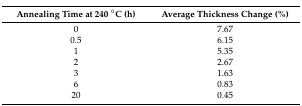
<table><thead><tr><td><b>Annealing Time at 240 °C (h)</b></td><td><b>Average Thickness Change (%)</b></td></tr></thead><tbody><tr><td>0</td><td>7.67</td></tr><tr><td>0.5</td><td>6.15</td></tr><tr><td>1</td><td>5.35</td></tr><tr><td>2</td><td>2.67</td></tr><tr><td>3</td><td>1.63</td></tr><tr><td>6</td><td>0.83</td></tr><tr><td>20</td><td>0.45</td></tr></tbody></table>